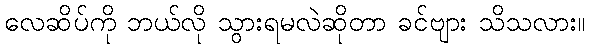
လေဆိပ်ကို ဘယ်လို သွားရမလဲဆိုတာ ခင်ဗျား သိသလား။